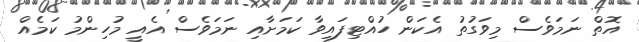
އޮތް ނަމަވެސް މިވަގުތު އެކަން ހުއްޓިފައިވާ ކަމަށާއި ނަމަވެސް އެއީ މުހިންމު ކަމެއް